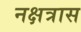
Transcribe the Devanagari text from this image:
नक्षत्रास